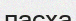
пасха